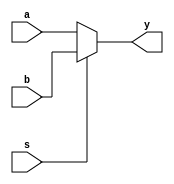
module mux2_32bit(a, b, s, y);

	// input ports & output port
	input [31:0] a, b;
	input s;
	output reg [31:0] y;
	
	always @ (*) begin
		if(s == 1'b0) y <= a;
		else y <= b;
	end
	
endmodule